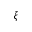
\xi